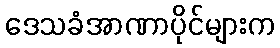
ဒေသခံအာဏာပိုင်များက